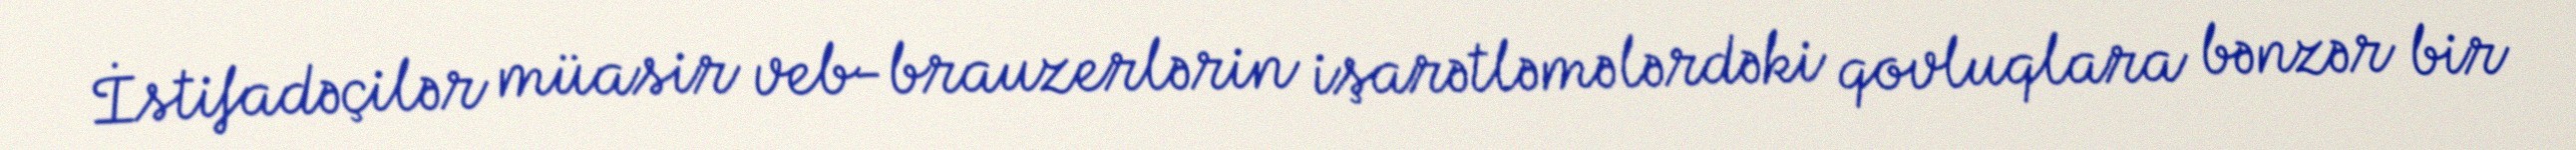
İstifadəçilər müasir veb-brauzerlərin işarətləmələrdəki qovluqlara bənzər bir